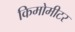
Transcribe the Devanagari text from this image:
किमोमीटर